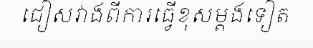
ជៀសវាងពីការធ្វើខុសម្តងទៀត